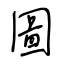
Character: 圖